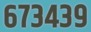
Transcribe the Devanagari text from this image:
६७३४३९